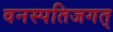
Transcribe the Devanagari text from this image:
वनस्पतिजगत्